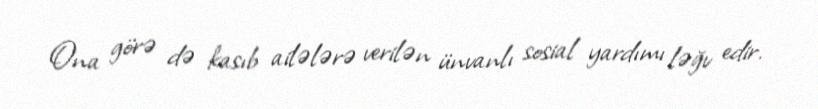
Ona görə də kasıb ailələrə verilən ünvanlı sosial yardımı ləğv edir.